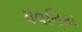
યવનિકા